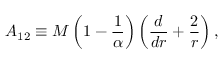
A _ { 1 2 } \equiv M \left( 1 - { \frac { 1 } { \alpha } } \right) \left( { \frac { d } { d r } } + { \frac { 2 } { r } } \right) ,